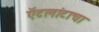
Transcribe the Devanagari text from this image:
ऍटलांटाचा